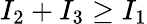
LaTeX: I_{2}+I_{3}\ge I_{1}